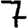
Digit: 7